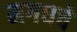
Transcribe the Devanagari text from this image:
मगधचे